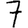
Digit: 7